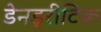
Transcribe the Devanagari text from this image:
डेनड्रीटिक